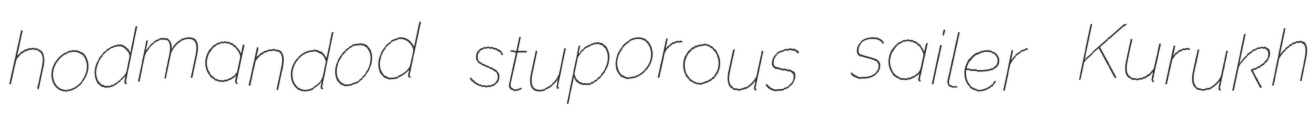
hodmandod stuporous sailer Kurukh